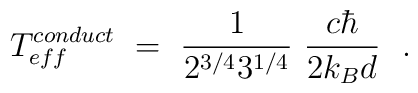
T_{eff}^{conduct}\ =\ \frac{1}{2^{3/4}3^{1/4}}\ \frac{c\hbar}{2 k_B d}\ \ .